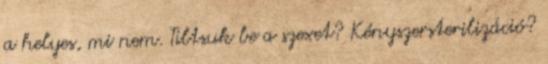
a helyes, mi nem. Tiltsuk be a szexet? Kényszersterilizáció?